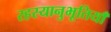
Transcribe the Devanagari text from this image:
रहस्यानुभूतियाँ